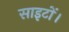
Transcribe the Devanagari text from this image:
साइटों।